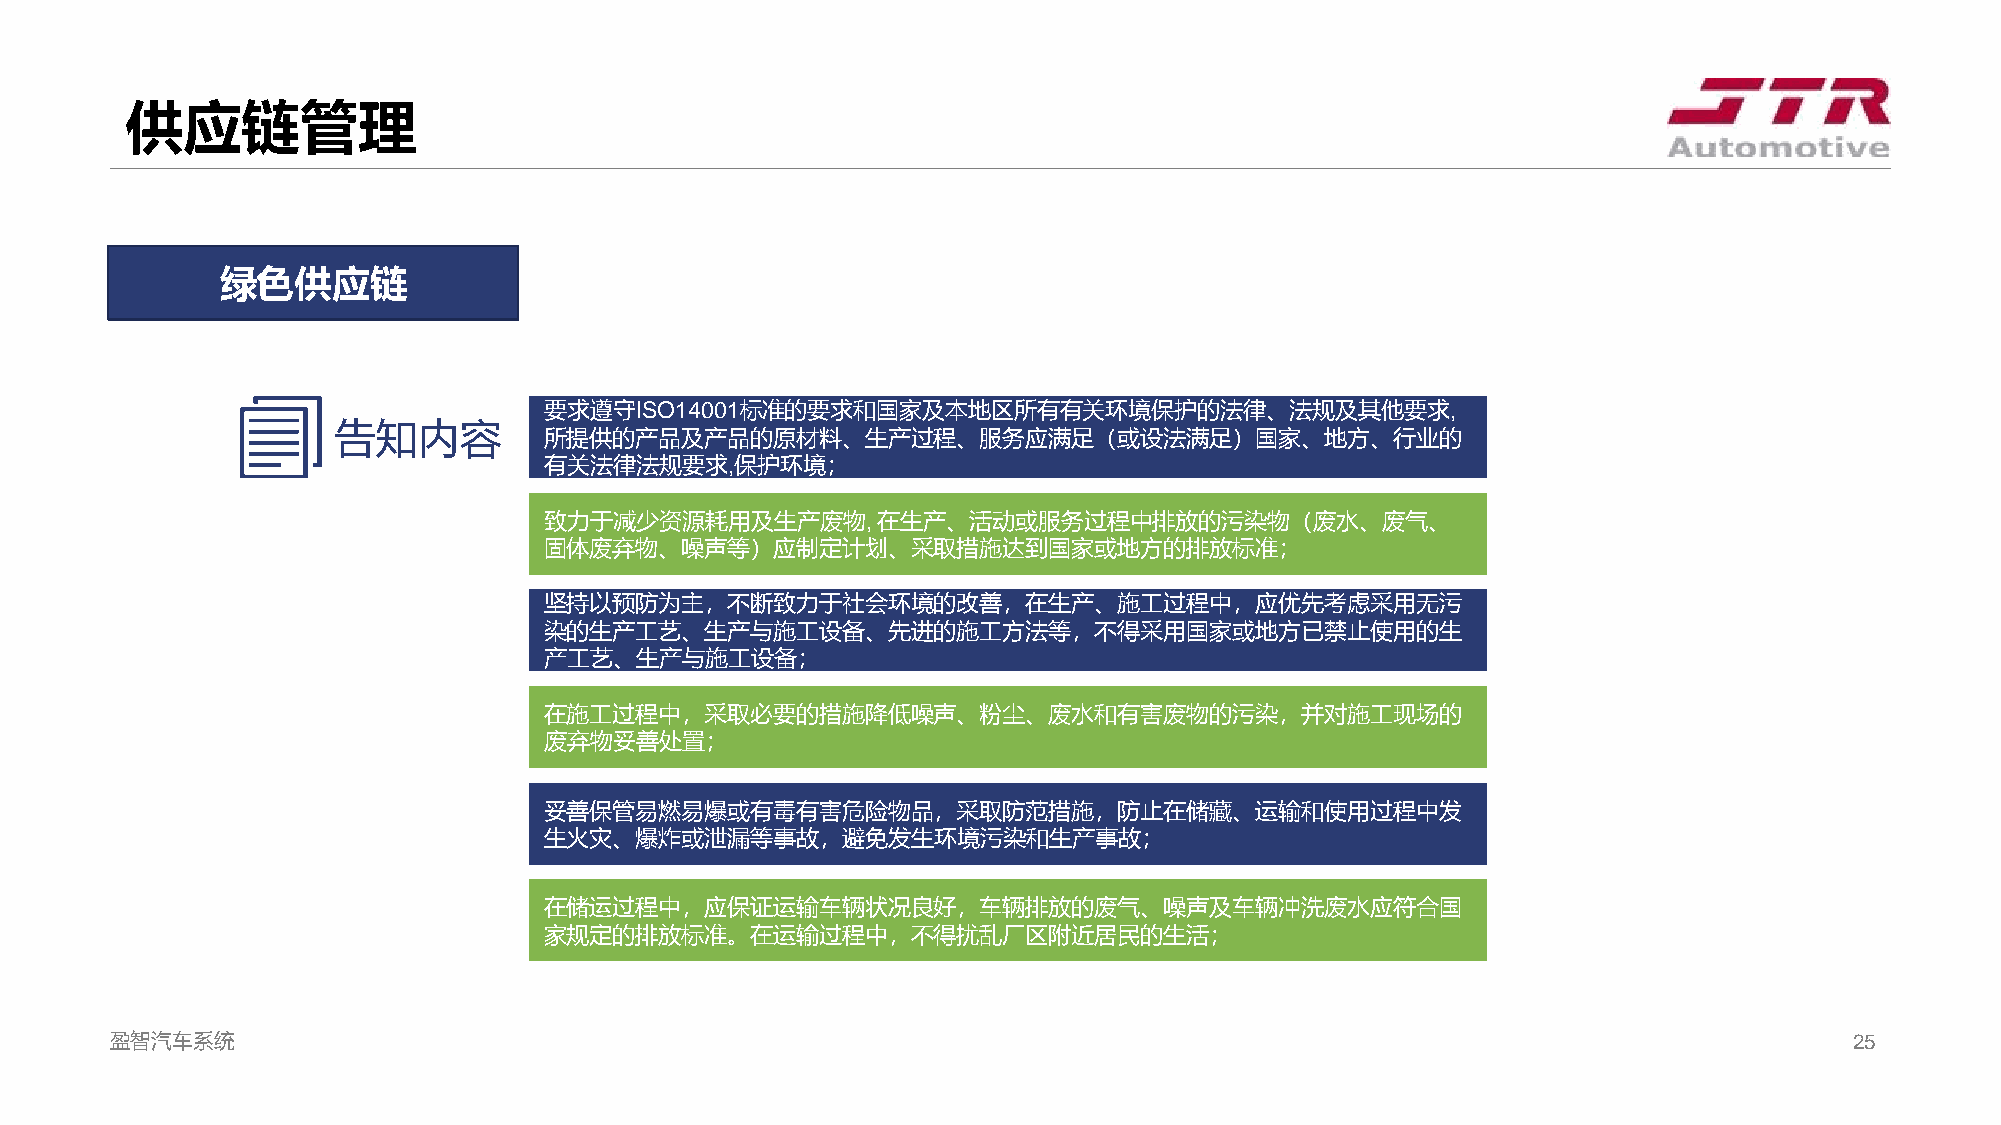
供应链管理
 绿色供应链
 要求遵守ISO14001标准的要求和国家及本地区所有有关环境保护的法律、法规及其他要求,
 告知内容
 所提供的产品及产品的原材料、生产过程、服务应满足（或设法满足）国家、地方、行业的
 有关法律法规要求,保护环境；
 致力于减少资源耗用及生产废物,       在生产、活动或服务过程中排放的污染物（废水、废气、
 固体废弃物、噪声等）应制定计划、采取措施达到国家或地方的排放标准；
 坚持以预防为主，不断致力于社会环境的改善，在生产、施工过程中，应优先考虑采用无污
 染的生产工艺、生产与施工设备、先进的施工方法等，不得采用国家或地方已禁止使用的生
 产工艺、生产与施工设备；
 在施工过程中，采取必要的措施降低噪声、粉尘、废水和有害废物的污染，并对施工现场的
 废弃物妥善处置；
 妥善保管易燃易爆或有毒有害危险物品，采取防范措施，防止在储藏、运输和使用过程中发
 生火灾、爆炸或泄漏等事故，避免发生环境污染和生产事故；
 在储运过程中，应保证运输车辆状况良好，车辆排放的废气、噪声及车辆冲洗废水应符合国
 家规定的排放标准。在运输过程中，不得扰乱厂区附近居民的生活；
 盈智汽车系统                                                                                                              25